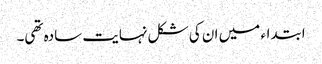
ابتداء میں ان کی شکل نہایت سادہ تھی۔